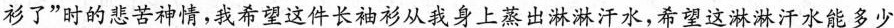
衫了”时的悲苦神情，我希望这件长袖衫从我身上蒸出淋淋汗水，希望这淋淋汗水能多少